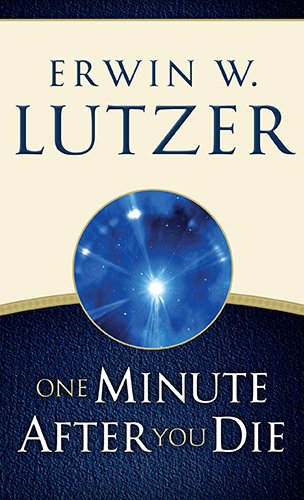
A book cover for One Minute After You Die; Erwin W. Lutzer; Christian Books & Bibles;